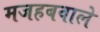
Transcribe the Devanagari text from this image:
मजहबवाले